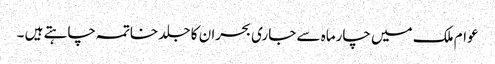
عوام ملک میں چارماہ سے جاری بحران کا جلد خاتمہ چاہتے ہیں ۔